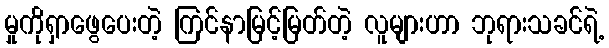
မှုကိုရှာဖွေပေးတဲ့ ကြင်နာမြင့်မြတ်တဲ့ လူများဟာ ဘုရားသခင်ရဲ့